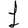
Digit: 1